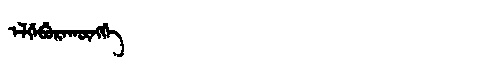
Manchu: ᡝᠯᡤᡝᠪᡠᡵᠠᡴᡡᠩᡤᡝ
Romanization: ELGEBURAKŪNGGE